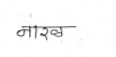
मजकूर: नारळ